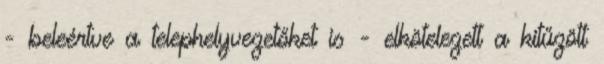
- beleértve a telephelyvezetőket is - elkötelezett a kitűzött